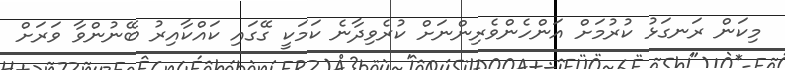
މިކަން ރަނގަޅު ކުރުމަށް އަންހެންވެރިންނަށް ކުރެވިދާނެ ކަމަކީ ގޭގައި ކައްކާއިރު ބޭނުންވާ ވަރަށް